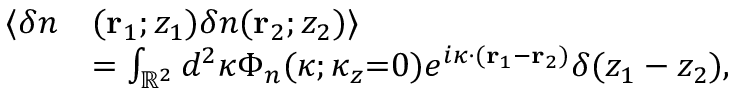
\begin{array} { r l } { \langle \delta n } & { ( \mathbf { r } _ { 1 } ; z _ { 1 } ) \delta n ( \mathbf { r } _ { 2 } ; z _ { 2 } ) \rangle } \\ & { = \int _ { \mathbb { R } ^ { 2 } } d ^ { 2 } \boldsymbol { \kappa } \Phi _ { n } ( \boldsymbol { \kappa } ; \kappa _ { z } { = } 0 ) e ^ { i \boldsymbol { \kappa } \cdot ( \mathbf { r } _ { 1 } - \mathbf { r } _ { 2 } ) } \delta ( z _ { 1 } - z _ { 2 } ) , } \end{array}